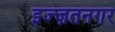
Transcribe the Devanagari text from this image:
इज्ज़तनगर